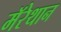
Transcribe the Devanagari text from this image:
मॅरेथान